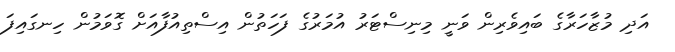
އަދި މުޒާހަރާގެ ބައިވެރިން ވަނީ މިނިސްޓަރު އުމަރުގެ ފަހަތުން އިސްތިއުފާއަށް ގޮވަމުން ހިނގައިފަ